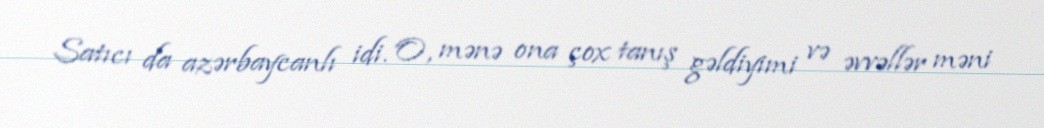
Satıcı da azərbaycanlı idi. O, mənə ona çox tanış gəldiyimi və əvvəllər məni